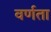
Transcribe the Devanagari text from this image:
वर्णता